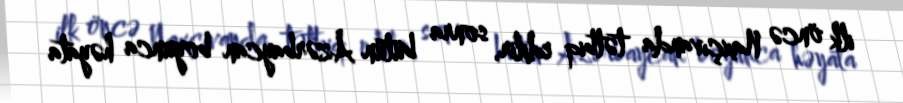
ilk öncə Naxçıvanda tətbiq edilir, sonra bütün Azərbaycan boyunca həyata